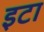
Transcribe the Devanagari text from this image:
इटा